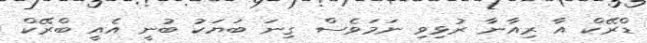
ޑްރޭކް އާ ރިއާނާ ރުޅިވި ނަމަވެސް ގިނަ ބަޔަކު ބުނީ އެއީ ބްރޭކް